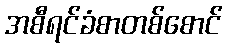
အစီရင်ခံစာတစ်စောင်